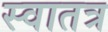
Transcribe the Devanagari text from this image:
स्वातत्र